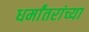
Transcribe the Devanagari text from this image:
धर्मांतरांच्या